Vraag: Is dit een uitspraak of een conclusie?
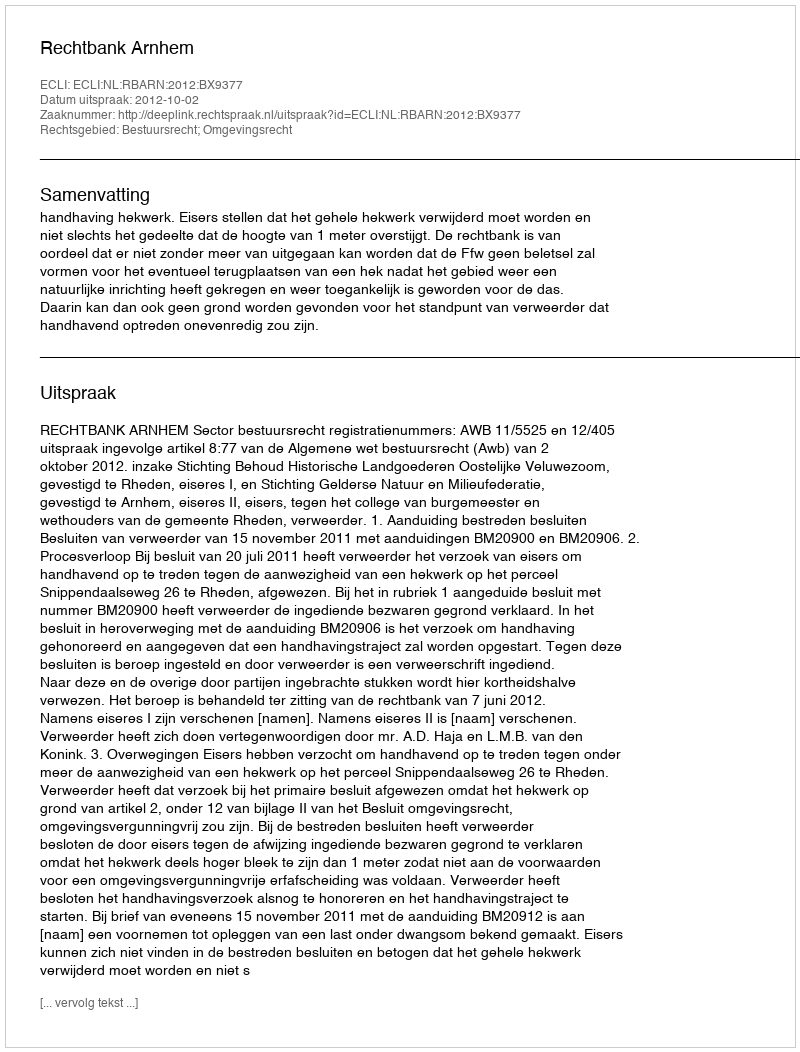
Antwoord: Uitspraak